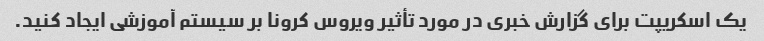
یک اسکریپت برای گزارش خبری در مورد تأثیر ویروس کرونا بر سیستم آموزشی ایجاد کنید.